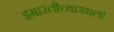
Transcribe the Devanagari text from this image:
इमारतीच्याखाली